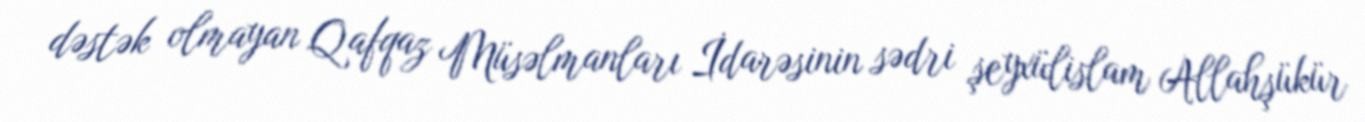
dəstək olmayan Qafqaz Müsəlmanları İdarəsinin sədri şeyxülislam Allahşükür